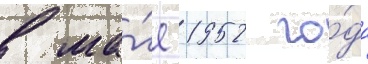
в ма́е 1952 го́да